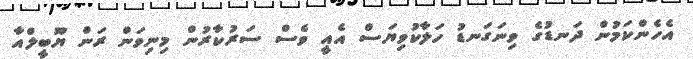
އެހެންކަމުން ދަނޑުގެ ވިނަގަނޑު ހަލާކުވިޔަސް އެއީ ވެސް ސަރުކާރުން މިނިވަން ރަން ޔޫބީލްއާ